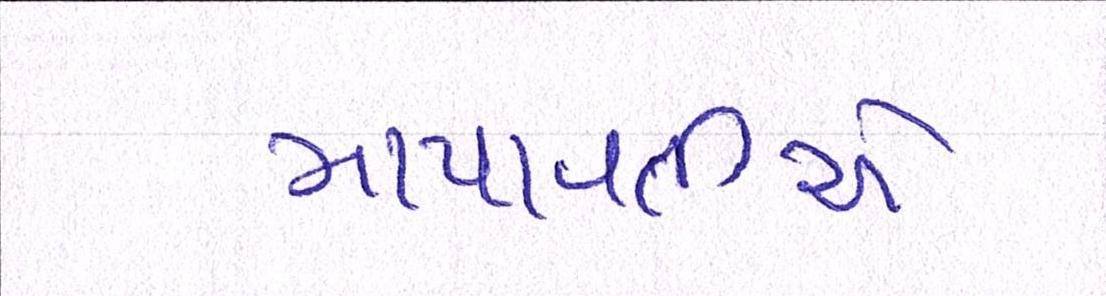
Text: માયાવતીએ